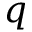
q